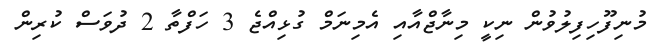
މުނިފޫހިފިލުވުން ނިކީ މިނާޖްއާއި އެމިނަމް ގުޅިއްޖެ 3 ހަފްތާ 2 ދުވަސް ކުރިން